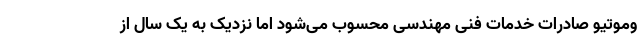
وموتیو صادرات خدمات فنی مهندسی محسوب می‌شود اما نزدیک به یک سال از